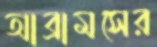
আব্রামসের